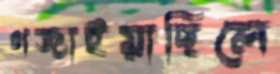
গজাইয়াছিলে